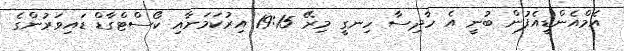
އެމްއެންޑީއެފުން ބުނީ އެ ހާދިސާ ހިނގީ މިރޭ 19:15 އިރުކަމަށާއި ކޯސްޓްގާޑް ޑައިވަރުންގެ